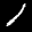
Label: 1